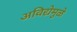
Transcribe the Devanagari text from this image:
अविद्येमुळे